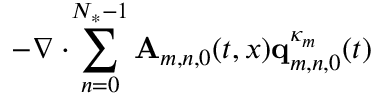
\begin{array} { r l } { \lefteqn { - \nabla \cdot \! \sum _ { n = 0 } ^ { N _ { * } - 1 } \mathbf { A } _ { m , n , 0 } ( t , x ) \mathbf { q } _ { m , n , 0 } ^ { \kappa _ { m } } ( t ) } \qquad } & { { } } \end{array}